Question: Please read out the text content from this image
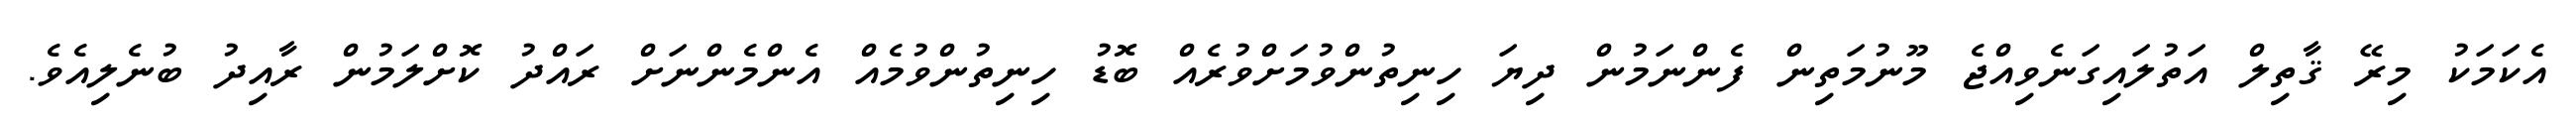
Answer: އެކަމަކު މިރޭ ޤާތިލް އަތުލައިގަނެވިއްޖެ މޫނުމަތިން ފެންނަމުން ދިޔަ ހިނިތުންވުމަށްވުރެއް ބޮޑު ހިނިތުންވުމެއް އެންމެންނަށް ރައްދު ކޮށްލަމުން ރާއިދު ބުނެލިއެވެ.